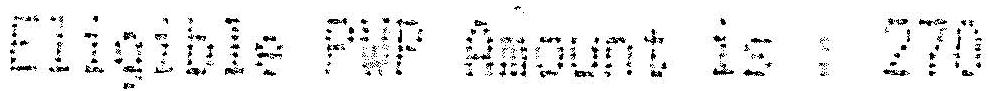
ELIGIBLE PWP AMOUNT IS : 270